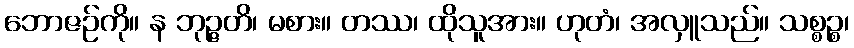
ဘောဇဉ်ကို။ န ဘုဉ္ဇတိ၊ မစား။ တဿ၊ ထိုသူအား။ ဟုတံ၊ အလှူသည်။ သစ္စဉ္စ၊